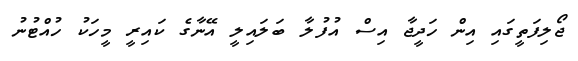
ޖޯލިފަތީގައި އިން ހަދީޖާ އިސް އުފުލާ ބަލައިލީ އޭނާގެ ކައިރީ މީހަކު ހުއްޓުނު